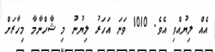
އެއް ލިޔުއްވި އެވެ. 1010 ވަނަ އަހަރު ލިޔުނު މި ޝާހްނާމާ މިހާރަށް